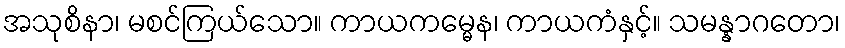
အသုစိနာ၊ မစင်ကြယ်သော။ ကာယကမ္မေန၊ ကာယကံနှင့်။ သမန္နာဂတော၊